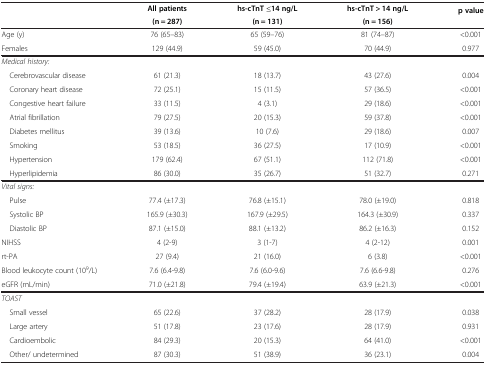
<table><thead><tr><td rowspan="2"><b> </b></td><td><b>All patients</b></td><td><b>hs-cTnT ≤14 ng/L</b></td><td><b>hs-cTnT &gt; 14 ng/L</b></td><td rowspan="2"><b>p value</b></td></tr><tr><td><b>(n = 287)</b></td><td><b>(n = 131)</b></td><td><b>(n = 156)</b></td></tr></thead><tbody><tr><td>Age (y)</td><td>76 (65–83)</td><td>65 (59–76)</td><td>81 (74–87)</td><td>&lt;0.001</td></tr><tr><td>Females</td><td>129 (44.9)</td><td>59 (45.0)</td><td>70 (44.9)</td><td>0.977</td></tr><tr><td colspan="5"><i>Medical history:</i></td></tr><tr><td> Cerebrovascular disease</td><td>61 (21.3)</td><td>18 (13.7)</td><td>43 (27.6)</td><td>0.004</td></tr><tr><td> Coronary heart disease</td><td>72 (25.1)</td><td>15 (11.5)</td><td>57 (36.5)</td><td>&lt;0.001</td></tr><tr><td> Congestive heart failure</td><td>33 (11.5)</td><td>4 (3.1)</td><td>29 (18.6)</td><td>&lt;0.001</td></tr><tr><td> Atrial fibrillation</td><td>79 (27.5)</td><td>20 (15.3)</td><td>59 (37.8)</td><td>&lt;0.001</td></tr><tr><td> Diabetes mellitus</td><td>39 (13.6)</td><td>10 (7.6)</td><td>29 (18.6)</td><td>0.007</td></tr><tr><td> Smoking</td><td>53 (18.5)</td><td>36 (27.5)</td><td>17 (10.9)</td><td>&lt;0.001</td></tr><tr><td> Hypertension</td><td>179 (62.4)</td><td>67 (51.1)</td><td>112 (71.8)</td><td>&lt;0.001</td></tr><tr><td> Hyperlipidemia</td><td>86 (30.0)</td><td>35 (26.7)</td><td>51 (32.7)</td><td>0.271</td></tr><tr><td colspan="5"><i>Vital signs:</i></td></tr><tr><td> Pulse</td><td>77.4 (±17.3)</td><td>76.8 (±15.1)</td><td>78.0 (±19.0)</td><td>0.818</td></tr><tr><td> Systolic BP</td><td>165.9 (±30.3)</td><td>167.9 (±29.5)</td><td>164.3 (±30.9)</td><td>0.337</td></tr><tr><td> Diastolic BP</td><td>87.1 (±15.0)</td><td>88.1 (±13.2)</td><td>86.2 (±16.3)</td><td>0.152</td></tr><tr><td>NIHSS</td><td>4 (2-9)</td><td>3 (1-7)</td><td>4 (2-12)</td><td>0.001</td></tr><tr><td>rt-PA</td><td>27 (9.4)</td><td>21 (16.0)</td><td>6 (3.8)</td><td>&lt;0.001</td></tr><tr><td>Blood leukocyte count (10<sup>9</sup>/L)</td><td>7.6 (6.4-9.8)</td><td>7.6 (6.0-9.6)</td><td>7.6 (6.6-9.8)</td><td>0.276</td></tr><tr><td>eGFR (mL/min)</td><td>71.0 (±21.8)</td><td>79.4 (±19.4)</td><td>63.9 (±21.3)</td><td>&lt;0.001</td></tr><tr><td colspan="5"><i>TOAST</i></td></tr><tr><td> Small vessel</td><td>65 (22.6)</td><td>37 (28.2)</td><td>28 (17.9)</td><td>0.038</td></tr><tr><td> Large artery</td><td>51 (17.8)</td><td>23 (17.6)</td><td>28 (17.9)</td><td>0.931</td></tr><tr><td> Cardioembolic</td><td>84 (29.3)</td><td>20 (15.3)</td><td>64 (41.0)</td><td>&lt;0.001</td></tr><tr><td> Other/ undetermined</td><td>87 (30.3)</td><td>51 (38.9)</td><td>36 (23.1)</td><td>0.004</td></tr></tbody></table>